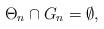
LaTeX: \begin{align*}\Theta_n \cap G_n = \emptyset,\end{align*}